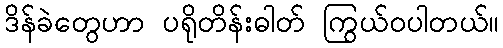
ဒိန်ခဲတွေဟာ ပရိုတိန်းဓါတ် ကြွယ်ဝပါတယ်။